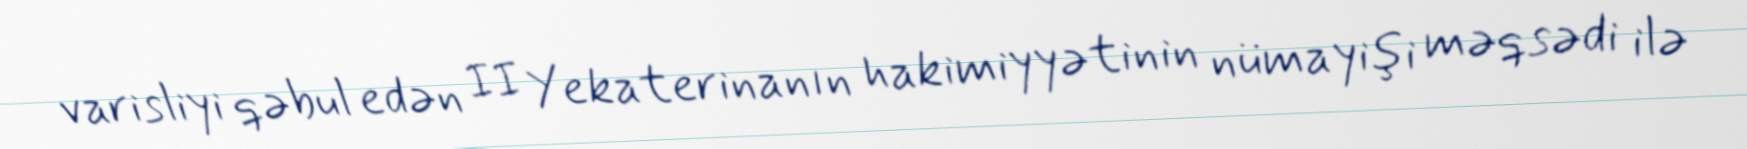
varisliyi qəbul edən II Yekaterinanın hakimiyyətinin nümayişi məqsədi ilə